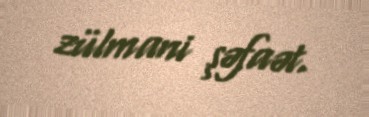
zülmani şəfaət.